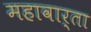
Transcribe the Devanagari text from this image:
महावार्ता